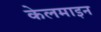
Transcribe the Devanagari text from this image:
केलमाइन